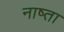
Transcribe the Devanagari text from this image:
नाष्ता